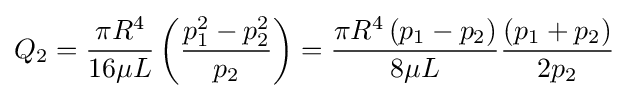
Q_{2}={\frac {\pi R^{4}}{16\mu L}}\left({\frac {p_{1}^{2}-p_{2}^{2}}{p_{2}}}\right)={\frac {\pi R^{4}\left(p_{1}-p_{2}\right)}{8\mu L}}{\frac {\left(p_{1}+p_{2}\right)}{2p_{2}}}